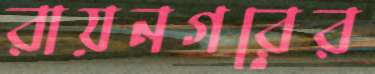
রায়নগরের